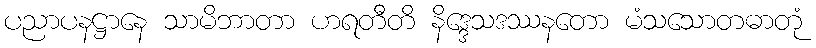
ပညာပနဋ္ဌာနေ သာမိဘာတာ ဟရတီတိ နိဒ္ဒေသဒဿနတော မံသသောတဓာတုံ